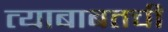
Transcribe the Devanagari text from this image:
त्याबाबतची